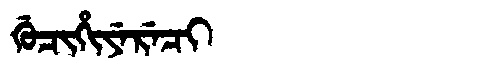
Manchu: ᡤᡠᠴᡳᡥᡳᠶᡝᡵᡝᠴᡳ
Romanization: GUCIHIYERECI